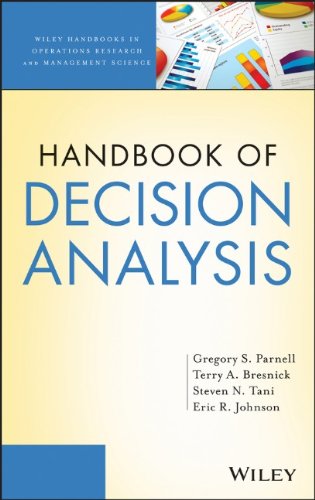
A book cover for Handbook of Decision Analysis; Gregory S. Parnell PhD; Business & Money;